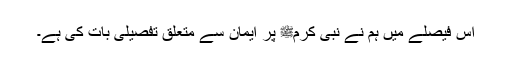
اس فیصلے میں ہم نے نبی کرمﷺ پر ایمان سے متعلق تفصیلی بات کی ہے۔